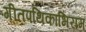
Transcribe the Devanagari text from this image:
गीतपथिकाभिराम